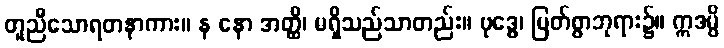
တူညီသောရတနာကား။ န နော အတ္ထိ၊ မရှိသည်သာတည်း။ ဗုဒ္ဓေ၊ မြတ်စွာဘုရား၌။ ဣဒမ္ပိ